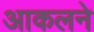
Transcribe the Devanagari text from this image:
आकलने